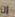
إن